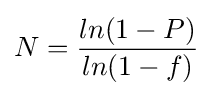
N={\frac {ln(1-P)}{ln(1-f)}}